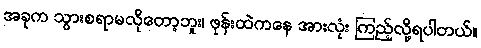
အခုက သွားစရာမလိုတော့ဘူး၊ ဖုန်းထဲကနေ အားလုံး ကြည့်လို့ရပါတယ်။